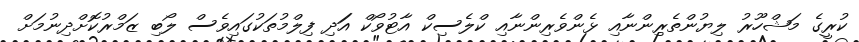
ކުރީގެ މަޝްހޫރު ލިޔުންތެރިންނާއި ޅެންވެރިންނާއި ކްލެސިކް އާޓުވޯކް އަަދި ފިލްމުތަކުގައިވެސް ލޯބި ޒަމްރުކޮށްދިނުމަށް